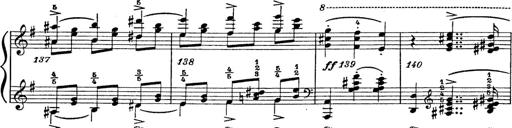
Title: 6 Polish Songs
Composer: Franz Liszt